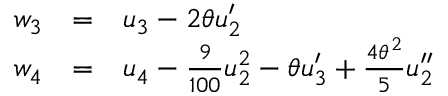
\begin{array} { l c l } { { w _ { 3 } } } & { { = } } & { { u _ { 3 } - 2 \theta u _ { 2 } ^ { \prime } } } \\ { { w _ { 4 } } } & { { = } } & { { u _ { 4 } - \frac { 9 } { 1 0 0 } u _ { 2 } ^ { 2 } - \theta u _ { 3 } ^ { \prime } + \frac { { 4 \theta ^ { 2 } } } { 5 } u _ { 2 } ^ { \prime \prime } } } \end{array}